Lunatic asylums in Bengal annual reports 1912-1924 - 1912-1924
Year: 1912
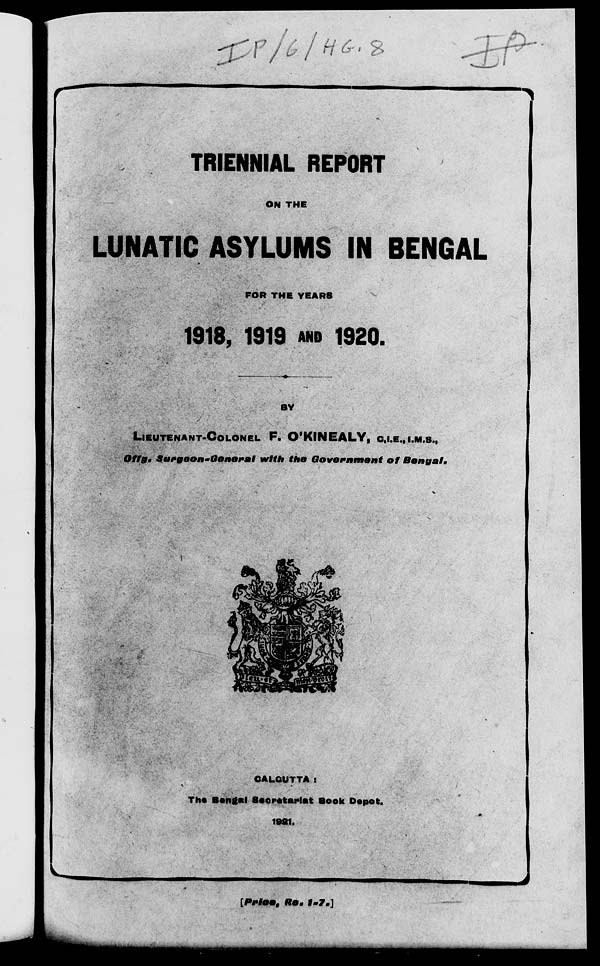
TRIENNIAL REPORT
ON THE
LUNATIC ASYLUMS IN BENGAL
FOR THE YEARS
1918, 1919 AND 1920.
BY
LIEUTENANT-COLONEL F. O'KINEALY, C.I.E., I.M.S.,
Offg. Surgeon-General
with the Government
of
Bengal.
CALCUTTA :
The Bengal Secretariat Book Depot.
1921.
[Price,
Rs,
1-7.]